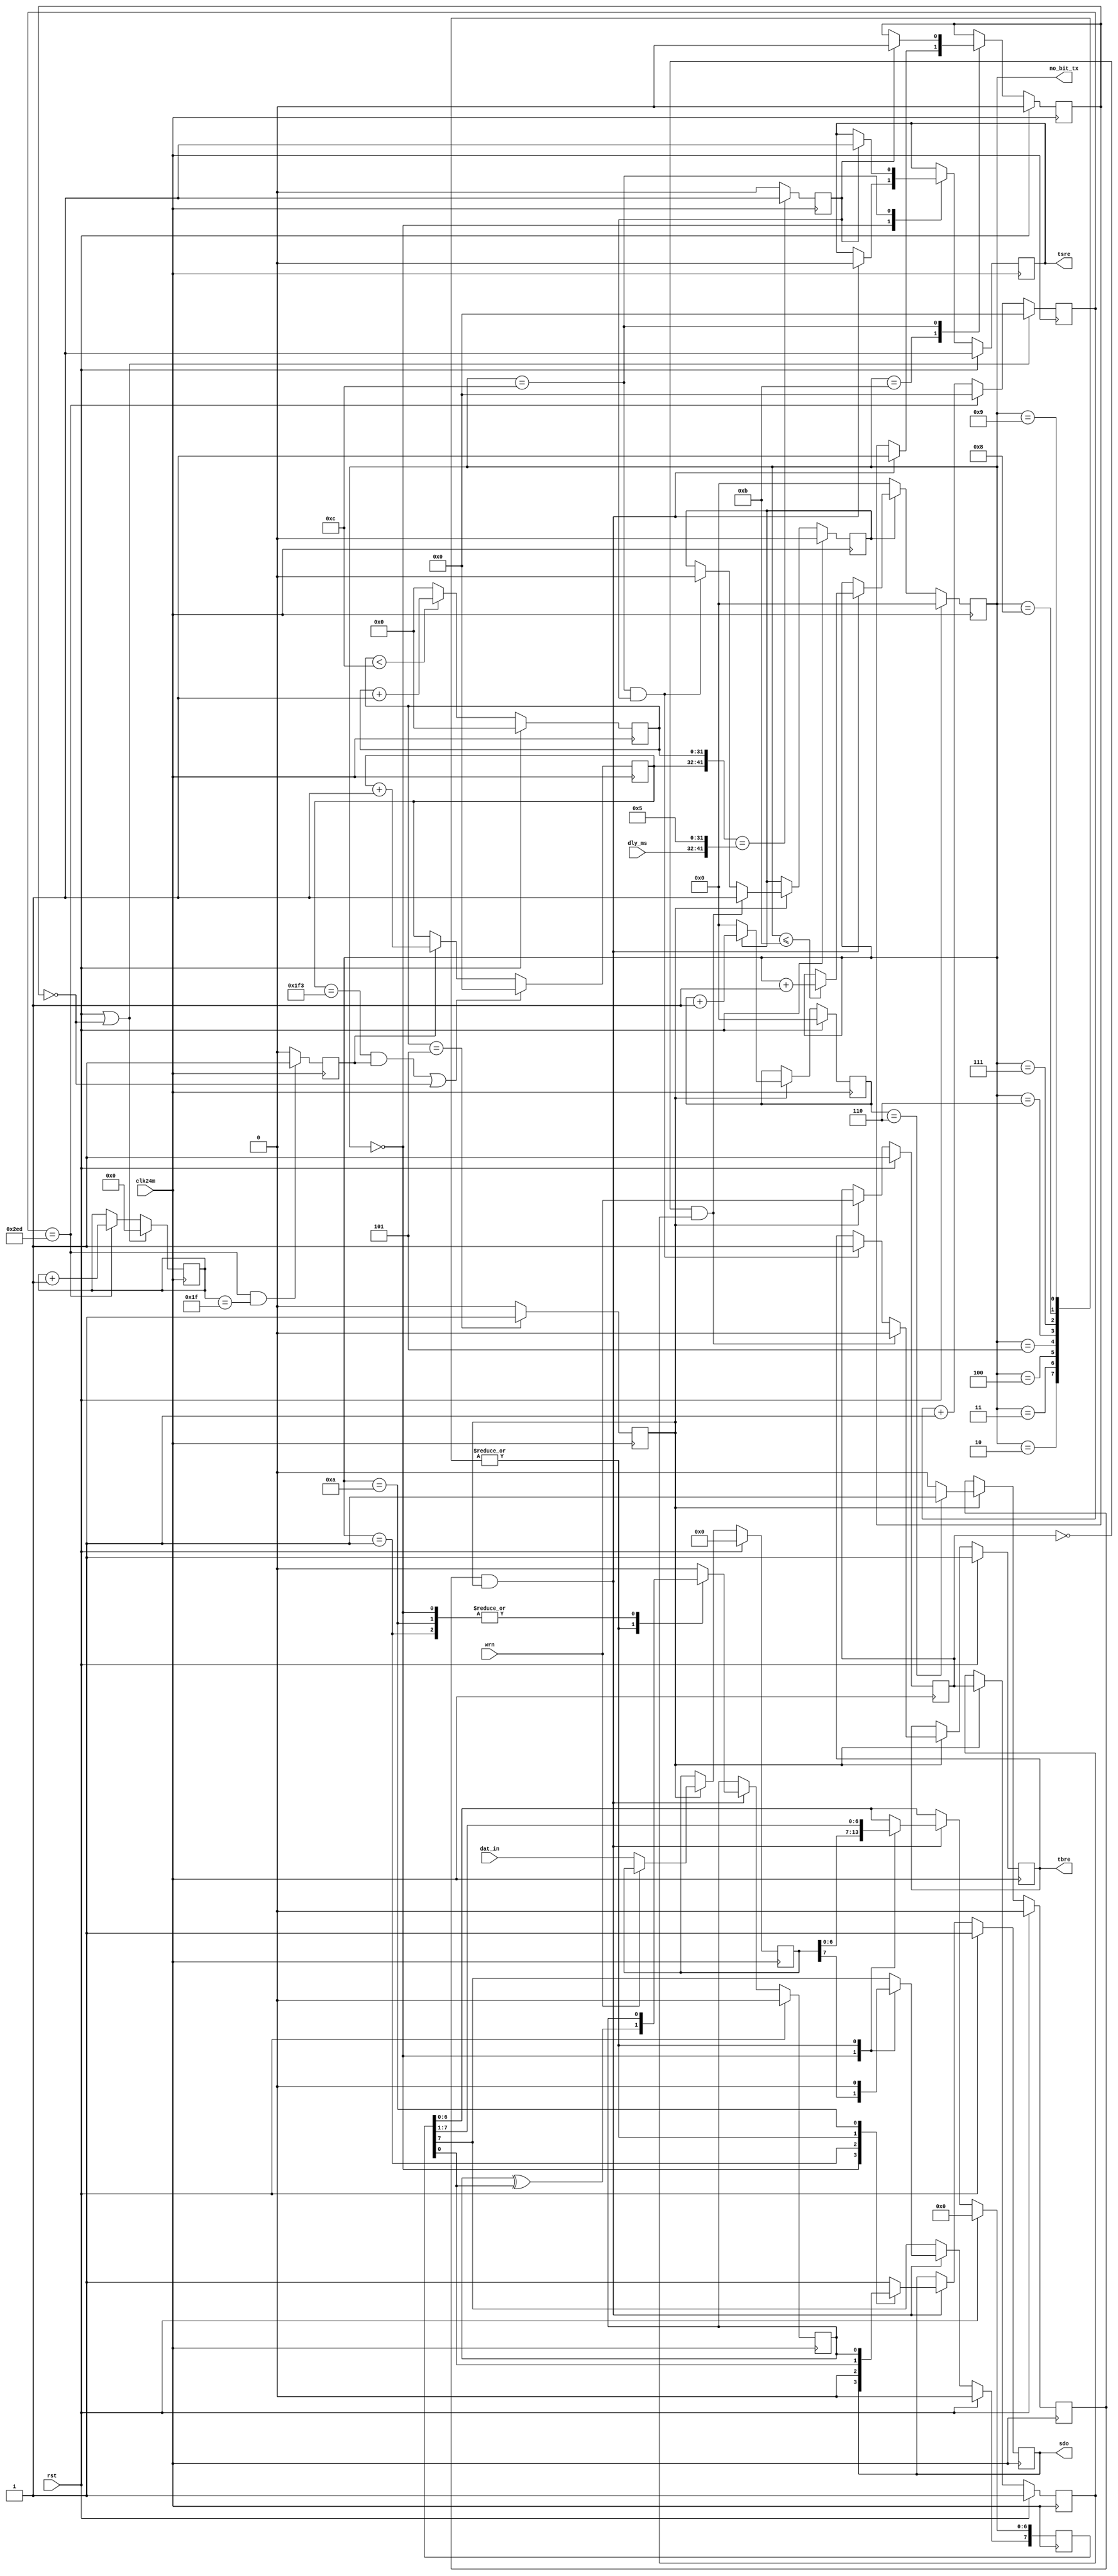
`timescale 1ns / 1ps
// Module Name:    UartTx 
// Project Name: 

module  uart_tx(
               clk24m ,
               rst    ,
               dat_in ,
               dly_ms ,
               wrn    ,
               tbre   ,
               tsre   ,                                                   
               sdo    ,
               no_bit_tx
               ) ;
               
input          clk24m ,rst;//16x clock. synchronous active high. reset. 
input  [7:0]   dat_in;//input data bus.	 
input          wrn;//write strobe. active low. 
input  [9:0]   dly_ms;
output         tbre ,tsre;//active high. means transmitter buffer register empty.//active high. means serial output register empty.	   
output         sdo;	  		//UART transmitter port.
output [3:0]   no_bit_tx;
   
reg            tbre ,tsre ,sdo ,clk1x_en ,parity;   
reg    [3:0]   no_bit_tx ,cnt_div16 ; 	 
reg    [7:0]   tsr ,Tbr; 
reg            wrn_tmp1 ,wrn_tmp2;	 
reg    [31:0]  cnt_div13;
reg            div13_en ,div16_en;

localparam    SYS_FRE = 32'd24*(10**6),
              BPS     = 32'd115200,
              DIV_CLK = (SYS_FRE / BPS) >>> 4,
              DIV_CNT = DIV_CLK - 32'd1,
              DIV_EN  = (DIV_CNT >>> 1) - 32'd1;

initial begin
  {cnt_div13 ,div13_en}     <= {32'd0 ,1'd0};
  {Tbr ,wrn_tmp2 ,wrn_tmp1} <= {8'd0 ,1'd1 ,1'd1};
  {clk1x_en ,tbre}          <= {1'd0 ,1'd1};
  {cnt_div16 ,div16_en}     <= {4'd0 ,1'd0};
  {sdo ,tsre ,parity ,tsr}  <= {1'd1 ,1'd1 ,1'd0 ,8'd0};	
  no_bit_tx <= 4'b0;  
end
	 
always@(posedge clk24m)
begin
	if(rst) {cnt_div13 ,div13_en} <= {32'd0 ,1'd0};
	else begin
		if(cnt_div13 < DIV_CNT)
		  cnt_div13 <= cnt_div13 + 32'd1;
		else cnt_div13 <= 32'd0;
	end
	case(cnt_div13)
	  DIV_EN: begin div13_en <= 1'd1; end
   default: begin div13_en <= 1'd0; end
  endcase	
end

always @(posedge clk24m)
begin
	if(rst) {Tbr ,wrn_tmp2 ,wrn_tmp1} <= {8'd0 ,1'd1 ,1'd1};
	else begin
		if(div13_en) begin
		  {wrn_tmp2 ,wrn_tmp1} <= {wrn_tmp1 ,wrn};
		  if(!wrn) Tbr <= dat_in ;
		end
	end
end
//--------------------delay------------------------
reg [9 : 0]      cnt_750 ,cnt_1k;
reg [4 : 0]      cnt_32;
reg              clk_1khz ,dly_strt ,dly_stop;
initial begin
	{cnt_750 ,cnt_32} <= {10'd0 ,5'd0};
	{cnt_750 ,cnt_32 ,cnt_1k} <= {10'd0 ,5'd0 ,10'd0};
	{clk_1khz ,dly_strt ,dly_stop} <= {1'd0 ,1'd0 ,1'd0};
end

always@(posedge clk24m)
begin
	if(rst | (~ dly_strt)) {cnt_750 ,cnt_32} <= {10'd0 ,5'd0};	 
	else begin
	  if(cnt_750 == 10'd749)begin          
        cnt_750 <= 10'd0;
        cnt_32 <= cnt_32 + 5'd1; 
    end
    else cnt_750 <= cnt_750 + 10'd1; 
  end
end

always@(posedge clk24m)
begin
 if(cnt_750==10'd749 && cnt_32==5'd31)   
      clk_1khz <= 1'd1; 
 else clk_1khz <= 1'd0; 
end

always@(posedge clk24m)
begin
 if((cnt_1k == 10'd499 && clk_1khz) || (~ dly_strt)) 
     cnt_1k <= 1'd0;
 else if(clk_1khz)
     cnt_1k <= cnt_1k + 10'd1;
 case({cnt_1k ,cnt_div13})
   {dly_ms ,DIV_EN} : dly_stop <= 1'd1;//DLY_MS
            default : dly_stop <= 1'd0; 
 endcase   
end
//------------------end delay----------------------
//generate clk1x enable signal after write strobe
//always @(posedge clk24m)
//begin
//	if(rst) {clk1x_en ,tbre} <= {1'd0 ,1'd1};
//	else begin 
//	  if(div13_en) begin
//	    if(!wrn_tmp1 && wrn_tmp2)	        
//	       {clk1x_en ,tbre} <= {1'd1 ,1'd0};                  
//	    else if(no_bit_tx == 4'd12)	  
//         {clk1x_en ,tbre} <= {1'd0 ,1'd1};               
//	  end
//  end
//end

always @(posedge clk24m)
begin
	if(rst) {clk1x_en ,tbre} <= {1'd0 ,1'd1};
	else begin 
	  if(div13_en) begin
	    if(!wrn_tmp1 && wrn_tmp2)	        
	       {clk1x_en ,tbre} <= {1'd1 ,1'd0};                  
	    else if(no_bit_tx == 4'd12 && dly_stop)	  
         {clk1x_en ,tbre} <= {1'd0 ,1'd1};               
	  end
  end
end

//clk1x works when clk1x enable
always @(posedge clk24m)
begin
	if(rst) {cnt_div16 ,div16_en} <= {4'd0 ,1'd0};
	else begin
		if(div13_en) begin 
       if(clk1x_en) cnt_div16 <= cnt_div16 + 4'd1 ;
	     else if(!clk1x_en) cnt_div16 <= 4'd0;
		   case(cnt_div16)
		     4'd6 : div16_en <= 1'd1;
		   default: div16_en <= 1'd0;
		   endcase
		end
	end		   
end

//transmit data bit
always @(posedge clk24m)
begin
	if(rst) {sdo ,parity ,tsr} <= {1'd1 ,1'd0 ,8'd0};
	else begin
		if(div16_en & div13_en) begin
			case(no_bit_tx)
			  4'd0: begin
			  	      {tsr } <= {Tbr };  
			  	    end
			  4'd1: begin
			  	      sdo <= 1'd0 ;
			  	    end
			  4'd2: begin 
			  	      tsr[6:0] <= tsr[7:1];     
			  	      tsr[7]   <= 1'd0;           
			  	      sdo      <= tsr[0];            
			  	      parity   <= parity ^ tsr[0];
			  	    end
			  4'd3: begin
			  	      tsr[6:0] <= tsr[7:1];       
			  	      tsr[7]   <= 1'd0;           
			  	      sdo      <= tsr[0];         
			  	      parity   <= parity ^ tsr[0];
			  	    end
			  4'd4: begin
			  	      tsr[6:0] <= tsr[7:1];       
			  	      tsr[7]   <= 1'd0;           
			  	      sdo      <= tsr[0];         
			  	      parity   <= parity ^ tsr[0];
			  	    end
			  4'd5: begin
			  	      tsr[6:0] <= tsr[7:1];       
			  	      tsr[7]   <= 1'd0;           
			  	      sdo      <= tsr[0];         
			  	      parity   <= parity ^ tsr[0];
			  	    end
			  4'd6: begin
			  	      tsr[6:0] <= tsr[7:1];       
			  	      tsr[7]   <= 1'd0;           
			  	      sdo      <= tsr[0];         
			  		    parity   <= parity ^ tsr[0];
			  		  end
			  4'd7: begin
			  	      tsr[6:0] <= tsr[7:1];       
			  	      tsr[7]   <= 1'd0;           
			  	      sdo      <= tsr[0];         
			  	      parity   <= parity ^ tsr[0];
			  	    end
			  4'd8: begin
			  	      tsr[6:0] <= tsr[7:1];       
			  	      tsr[7]   <= 1'd0;           
			  	      sdo      <= tsr[0];         
			  	      parity   <= parity ^ tsr[0];
			  	    end
			  4'd9: begin
			  	      tsr[6:0] <= tsr[7:1];       
			  	      tsr[7]   <= 1'd0;           
			  	      sdo      <= tsr[0];         
			  	      parity   <= parity ^ tsr[0];
			  	    end
			 4'd10: begin
			 	        sdo      <= parity ;
			 	      end
			 4'd11: begin
			 	        sdo      <= 1'd1 ;   
			 	        parity   <= 1'd0;
			 	      end
		 default: begin
		 	          {sdo ,parity} <= {1'd1 ,1'd0};   
			  	    end 
			 endcase  			  	      
		end   
	end
end

always @(posedge clk24m)
begin
	if(rst) {dly_strt ,tsre} <= {1'd0 ,1'd1};
	else begin
		case(no_bit_tx)
		  4'd0 : if(div16_en & div13_en) tsre <= 1'd0;  
		  4'd11: if(div16_en & div13_en) dly_strt <= 1'd1;
		  4'd12: if(dly_stop) {dly_strt ,tsre} <= {1'd0 ,1'd1};
		default: ;
		endcase
	end
end

//count transmitted bit
//always @(posedge clk24m or negedge clk1x_en) 
always @(posedge clk24m)
begin
	if(rst) no_bit_tx <= 4'd0;
	else begin		 
	    if(!clk1x_en)
		    no_bit_tx <= 4'd0;
	    else begin
	    	if(div16_en & div13_en)
		      no_bit_tx <= (no_bit_tx <= 4'd11) ? no_bit_tx + 4'd1 : no_bit_tx;
		  end
	end
end

endmodule